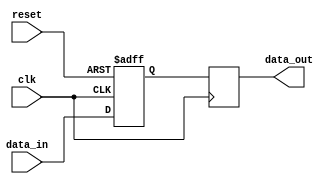
module buffer_delay (
  input wire clk,
  input wire reset,
  input wire [7:0] data_in,
  output reg [7:0] data_out
);

reg [7:0] buffer;
integer delay_value = 10; // configure delay value here

always @ (posedge clk or posedge reset) begin
  if (reset) begin
    buffer <= 8'h00; // reset buffer
  end else begin
    buffer <= data_in; // store input data in buffer
  end
end

always @ (posedge clk) begin
  #delay_value data_out <= buffer; // output data after delay
end

endmodule